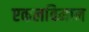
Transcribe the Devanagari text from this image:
एकलविमान